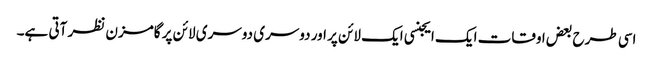
اسی طرح بعض اوقات ایک ایجنسی ایک لائن پر اور دوسری دوسری لائن پر گامزن نظر آتی ہے۔